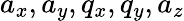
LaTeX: a_{x},a_{y},q_{x},q_{y},a_{z}